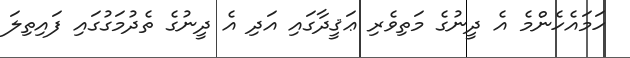
ހަމައެހެންމެ އެ ދީނުގެ މަތިވެރި ޢަޤީދާގައި އަދި އެ ދީނުގެ ތެދުމަގުގައި ފައިތިލަ